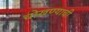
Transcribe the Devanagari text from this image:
चोखण्याची